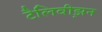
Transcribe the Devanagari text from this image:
टैलिवीझ़न